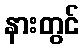
နားတွင်